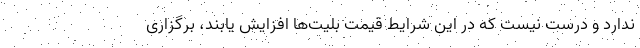
ندارد و درست نیست که در این شرایط قیمت بلیت‌ها افزایش یابند، برگزاری